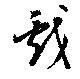
戲